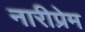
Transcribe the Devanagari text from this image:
नारीप्रेम